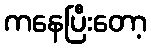
ကနေပြီးတော့